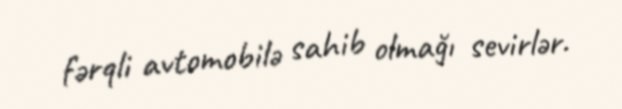
fərqli avtomobilə sahib olmağı sevirlər.